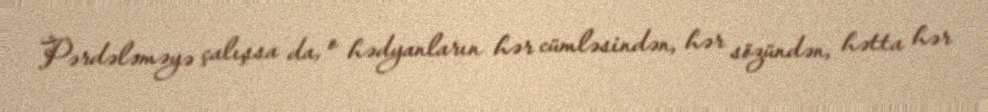
Pərdələməyə çalışsa da, o hədyanların hər cümləsindən, hər sözündən, hətta hər